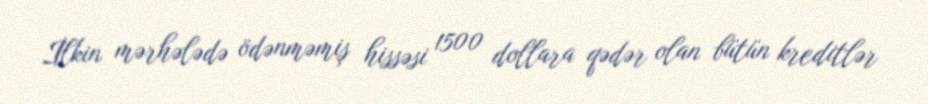
İlkin mərhələdə ödənməmiş hissəsi 1500 dollara qədər olan bütün kreditlər